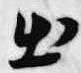
出